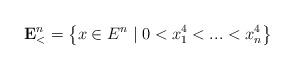
LaTeX: \begin{align*}\mathbf{E}_{<}^{n}=\left\{ x\in E^{n}\mid 0<x_{1}^{4}<...<x_{n}^{4}\right\}\end{align*}